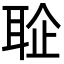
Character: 𦕫